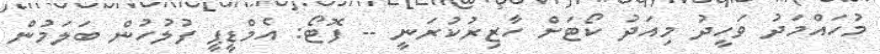
މުހައްމަދު ވަހީދު މިއަދު ކޯޓަށް ހާޒިރުކުރަނީ -- ފޮޓޯ: އެމްޑީޕީ ފުލުހުން ބަލަމުން